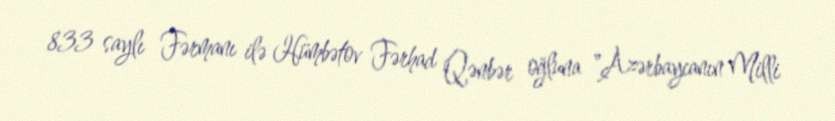
833 saylı Fərmanı ilə Hümbətov Fərhad Qənbər oğluna "Azərbaycanın Milli